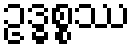
ဥဒ္ဓစ္စဿ